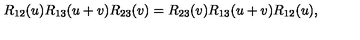
R _ { 1 2 } ( u ) R _ { 1 3 } ( u + v ) R _ { 2 3 } ( v ) = R _ { 2 3 } ( v ) R _ { 1 3 } ( u + v ) R _ { 1 2 } ( u ) ,